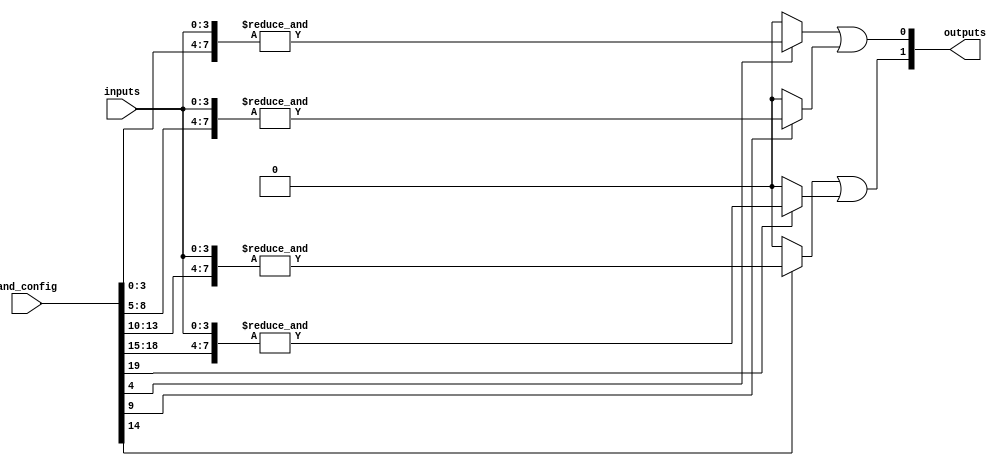
module SPAL #(
    parameter n = 4,  // Number of input lines
    parameter m = 4,  // Number of AND gates
    parameter p = 2   // Number of output lines
)(
    input wire [n-1:0] inputs,          // Input lines
    input wire [m*(n+1)-1:0] and_config, // Configuration for AND gates (n inputs + 1 for enable)
    output wire [p-1:0] outputs          // Output lines
);

    // Internal wires for AND gate outputs
    wire [m-1:0] and_outputs;

    // Generate the programmable AND gates
    genvar i;
    generate
        for (i = 0; i < m; i = i + 1) begin : and_gates
            wire [n-1:0] and_inputs;
            wire enable;

            // Assign inputs to AND gate based on configuration
            assign enable = and_config[i*(n+1) + n]; // Last bit for enable
            assign and_inputs = and_config[i*(n+1) +: n]; // n bits for inputs

            // AND gate logic
            assign and_outputs[i] = enable ? &({and_inputs, inputs}) : 1'b0; // AND with inputs and enable
        end
    endgenerate

    // Fixed OR array combining the outputs of the AND gates
    assign outputs[0] = and_outputs[0] | and_outputs[1]; // Example OR logic
    assign outputs[1] = and_outputs[2] | and_outputs[3]; // Example OR logic

endmodule